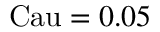
\mathrm { C a u } = 0 . 0 5